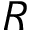
R